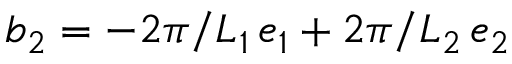
\boldsymbol b _ { 2 } = - 2 \pi / L _ { 1 } \, \boldsymbol e _ { 1 } + 2 \pi / L _ { 2 } \, \boldsymbol e _ { 2 }